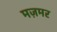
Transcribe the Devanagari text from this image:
मज़मर